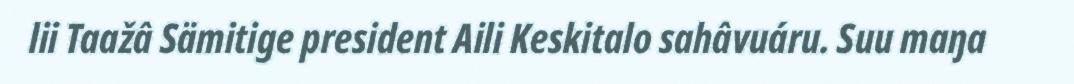
lii Taažâ Sämitige president Aili Keskitalo sahâvuáru. Suu maŋa